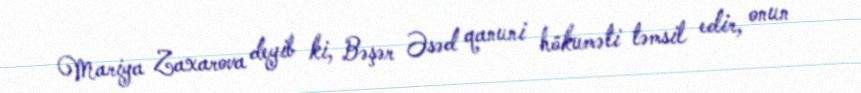
Mariya Zaxarova deyib ki, Bəşər Əsəd qanuni hökuməti təmsil edir, onun